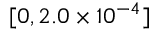
[ 0 , 2 . 0 \times 1 0 ^ { - 4 } ]